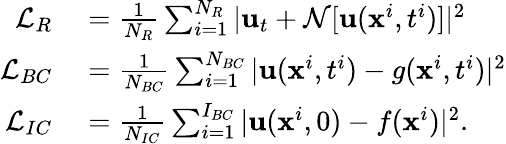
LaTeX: \begin{array}{rl}{\mathcal{L}_{R}}&{{}=\frac{1}{N_{R}}\sum_{i=1}^{N_{R}}|\mathbf{u}_{t}+\mathcal{N}[\mathbf{u}(\mathbf{x}^{i},t^{i})]|^{2}}\\ {\mathcal{L}_{BC}}&{{}=\frac{1}{N_{BC}}\sum_{i=1}^{N_{BC}}|\mathbf{u}(\mathbf{x}^{i},t^{i})-g(\mathbf{x}^{i},t^{i})|^{2}}\\ {\mathcal{L}_{IC}}&{{}=\frac{1}{N_{IC}}\sum_{i=1}^{I_{BC}}|\mathbf{u}(\mathbf{x}^{i},0)-f(\mathbf{x}^{i})|^{2}.}\end{array}